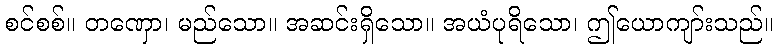
စင်စစ်။ တဏှော၊ မည်သော။ အဆင်းရှိသော။ အယံပုရိသော၊ ဤယောကျာ်းသည်။